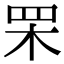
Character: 䍒